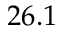
2 6 . 1